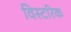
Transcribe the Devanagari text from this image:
विस्टरिक